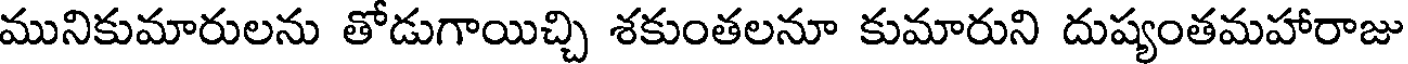
మునికుమారులను తోడుగాయిచ్చి శకుంతలనూ కుమారుని దుష్యంతమహారాజు